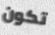
تكون